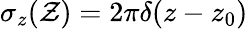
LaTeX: \sigma_{z}(\mathcal{Z})=2\pi\delta(z-z_{0})